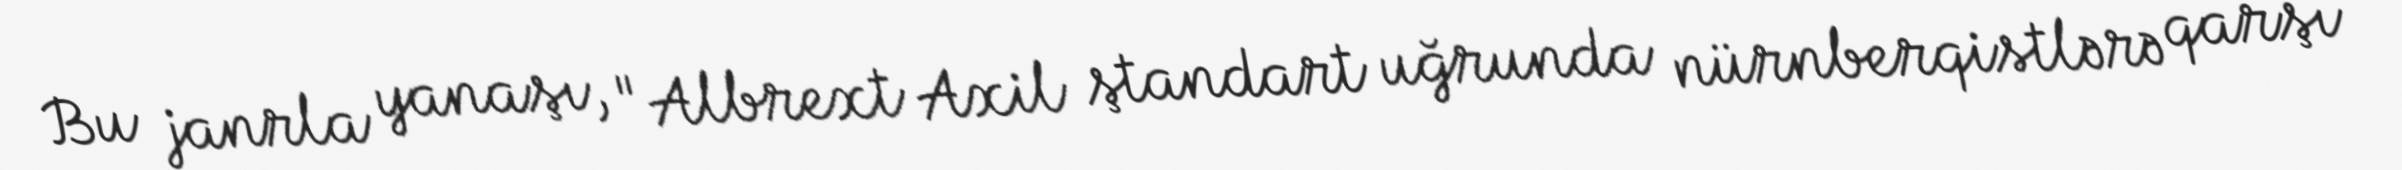
Bu janrla yanaşı, "Albrext Axil ştandart uğrunda nürnberqistlərə qarşı